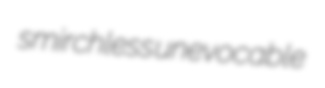
smirchless unevocable